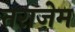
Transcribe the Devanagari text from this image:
तराज़ेम